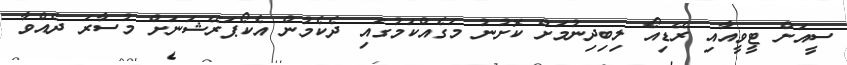
ސީއަށް ޓީވީއާއި ރޭޑިއޯ ލިބިދިނުމަށް ކޮށުނު މަގެއްކަމުގައި ދެކެމުން އެކޯޕަރޭޝަނަށް މުސާރަ ދެއްވާ